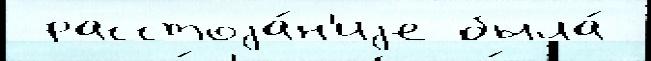
 расстоjа́н'иjе была́